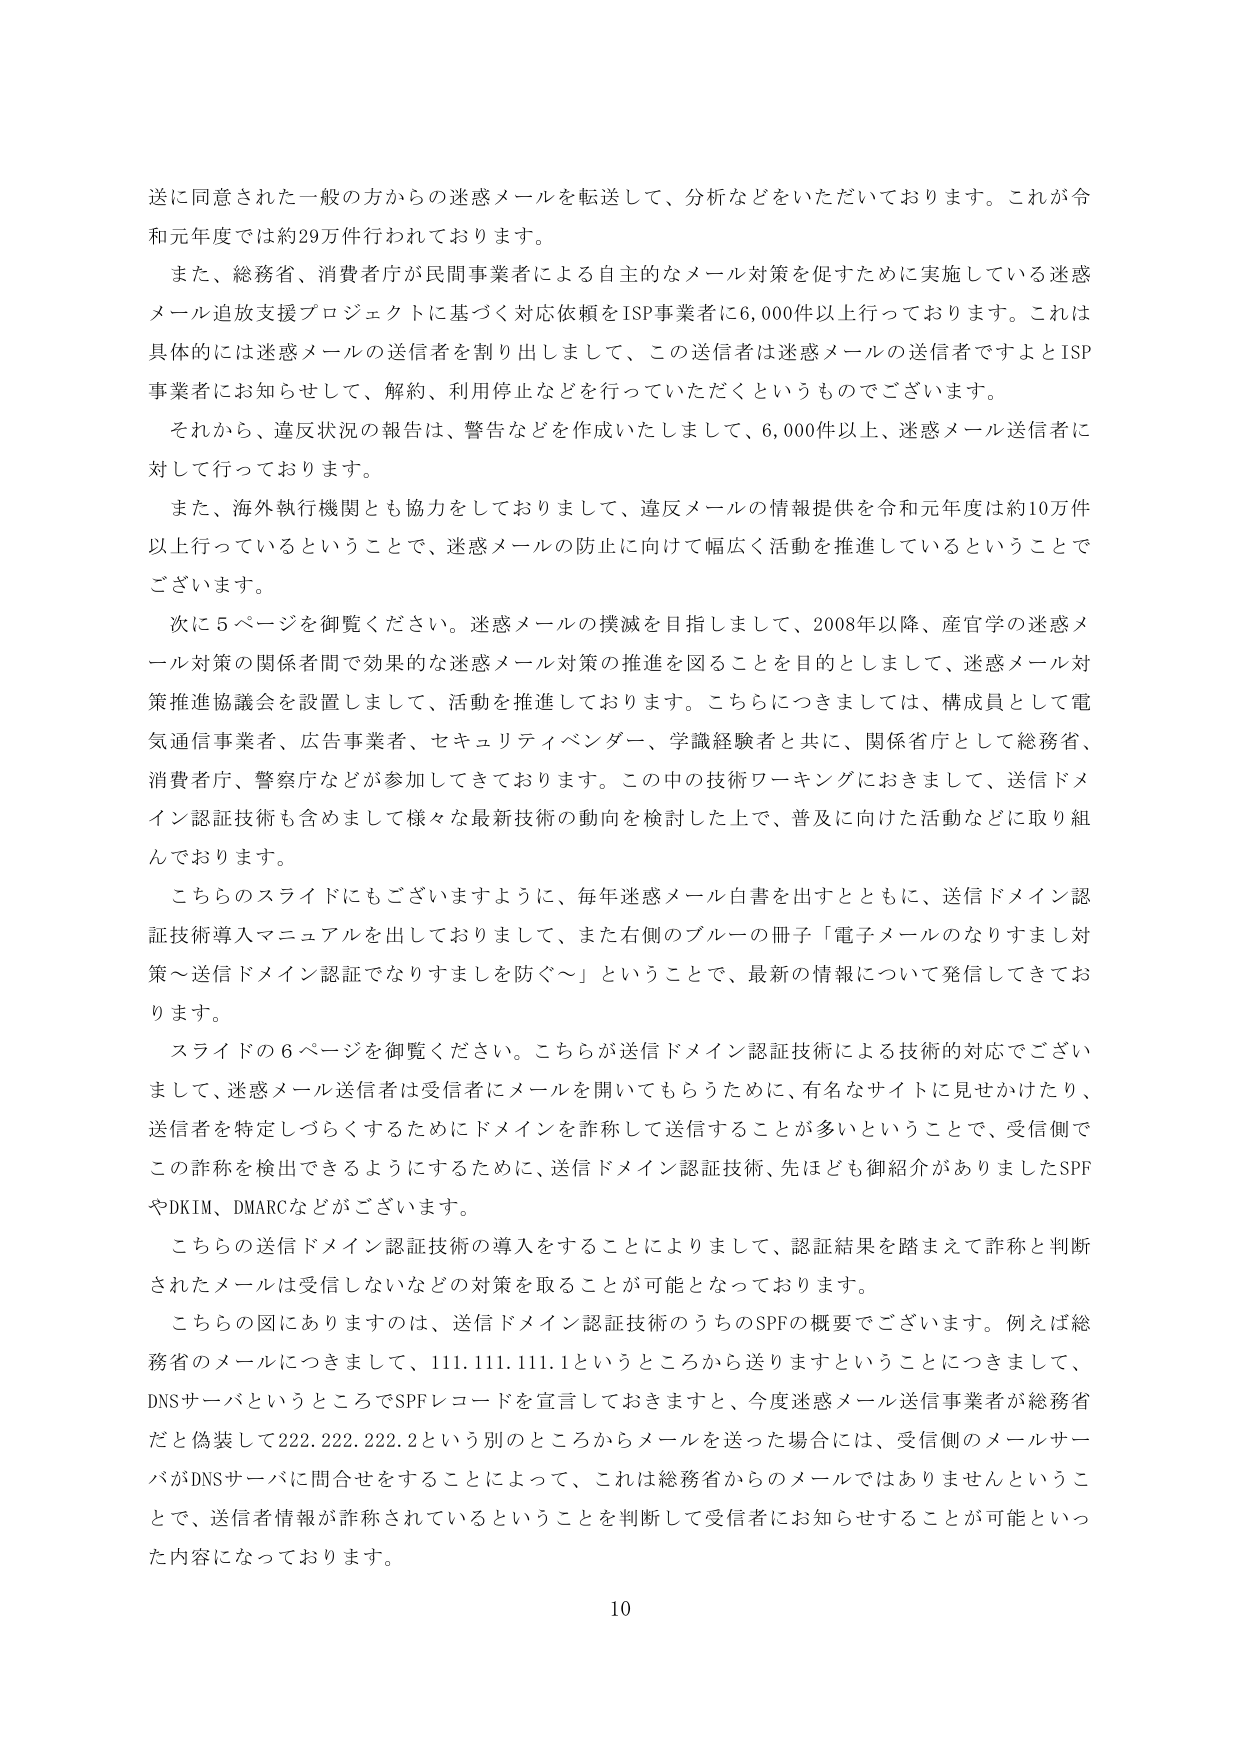
送に同意された一般の方からの迷惑メールを転送して、分析などをいただいております。これが令和元年度では約29万件行われております。

また、総務省、消費者庁が民間事業者による自主的なメール対策を促すために実施している迷惑メール追放支援プロジェクトに基づく対応依頼をISP事業者に6,000件以上行っております。これは具体的には迷惑メールの送信者を割り出しまして、この送信者は迷惑メールの送信者ですよとISP事業者にお知らせして、解約、利用停止などを行っていただくというものでございます。

それから、違反状況の報告は、警告などを作成いたしまして、6,000件以上、迷惑メール送信者に対して行っております。

また、海外執行機関とも協力をしておりまして、違反メールの情報提供を令和元年度は約10万件以上行っているということで、迷惑メールの防止に向けて幅広く活動を推進しているということでございます。

次に5ページを御覧ください。迷惑メールの撲滅を目指しまして、2008年以降、産官学の迷惑メール対策の関係者間で効果的な迷惑メール対策の推進を図ることを目的としまして、迷惑メール対策推進協議会を設置しまして、活動を推進しております。こちらにつきましては、構成員として電気通信事業者、広告事業者、セキュリティベンダー、学識経験者と共に、関係省庁として総務省、消費者庁、警察庁などが参加してきております。この中の技術ワーキングにおきまして、送信ドメイン認証技術も含めまして様々な最新技術の動向を検討した上で、普及に向けた活動などに取り組んでおります。

こちらのスライドにもございますように、毎年迷惑メール白書を出すとともに、送信ドメイン認証技術導入マニュアルを出しておりまして、また右側のブルーの冊子「電子メールのなりすまし対策～送信ドメイン認証でなりすましを防ぐ～」ということで、最新の情報について発信してきております。

スライドの6ページを御覧ください。こちらが送信ドメイン認証技術による技術的対応でございまして、迷惑メール送信者は受信者にメールを開いてもらうために、有名なサイトに見せかけたり、送信者を特定しづらくするためにドメインを詐称して送信することが多いということで、受信側でこの詐称を検出できるようにするために、送信ドメイン認証技術、先ほども御紹介がありましたSPFやDKIM、DMARCなどがございます。

こちらの送信ドメイン認証技術の導入をすることによりまして、認証結果を踏まえて詐称と判断されたメールは受信しないなどの対策を取ることが可能となっております。

こちらの図にありますのは、送信ドメイン認証技術のうちのSPFの概要でございます。例えば総務省のメールにつきまして、111.111.111.1というところから送りますということにつきまして、DNSサーバというところにSPFレコードを宣言しておきますと、今度迷惑メール送信事業者が総務省だと偽装して222.222.222.2という別のところからメールを送った場合には、受信側のメールサーバがDNSサーバに問合せをすることによって、これは総務省からのメールではありませんということで、送信者情報が詐称されているということを判断して受信者にお知らせすることが可能といった内容になっております。

10